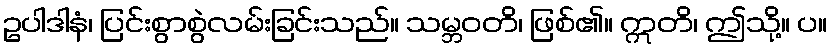
ဥပါဒါနံ၊ ပြင်းစွာစွဲလမ်းခြင်းသည်။ သမ္ဘဝတိ၊ ဖြစ်၏။ ဣတိ၊ ဤသို့။ ပ။